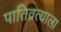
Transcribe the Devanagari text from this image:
पातिव्रत्याला